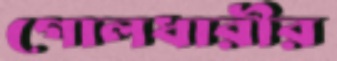
গোলধারীর